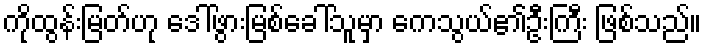
ကိုထွန်းမြတ်ဟု ဒေါ်ဖွားမြစ်ခေါ်သူမှာ ကေသွယ်၏ဦးကြီး ဖြစ်သည်။